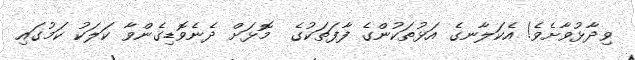
ވިދާޅުވާށެވެ! އެކަލާނގެ އަޅުތަކުންގެ ފާފަތަކުގެ  މޮޅަށް ދެނެވޮޑިގެންވާ ކަލަކު ކަމުގައި